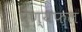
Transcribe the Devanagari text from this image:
पुण्यफ़ल